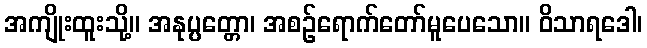
အကျိုးထူးသို့။ အနုပ္ပတ္တော၊ အစဉ်ရောက်တော်မူပေသော။ ဝိသာရဒေါ၊